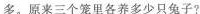
多。原来三个笼里各养多少只兔子?